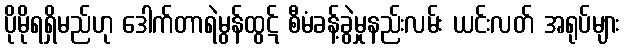
ပိုမိုရရှိမည်ဟု ဒေါက်တာရဲမွန်ထွဋ် စီမံခန့်ခွဲမှုနည်းလမ်း ယင်းလတ် အရုပ်များ